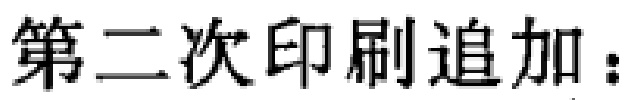
第二次印刷追加：